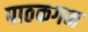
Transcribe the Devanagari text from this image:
पाठकगन